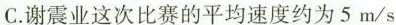
C.谢震业这次比赛的平均速度约为5m/s